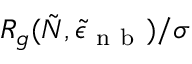
R _ { g } ( \tilde { N } , \tilde { \epsilon } _ { \mathrm { ~ n ~ b ~ } } ) / \sigma